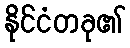
နိုင်ငံတခု၏